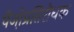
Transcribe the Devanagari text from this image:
पैजो़प्रतिरोधक